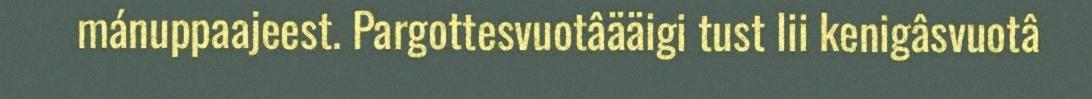
mánuppaajeest. Pargottesvuotâääigi tust lii kenigâsvuotâ